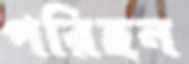
পরিহন